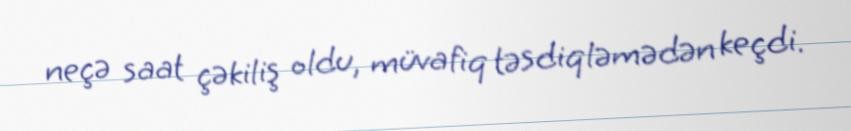
neçə saat çəkiliş oldu, müvafiq təsdiqləmədən keçdi.